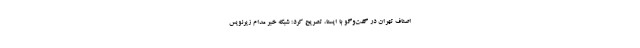
اصناف تهران در گفت‌وگو با ایسنا، تصریح کرد: شبکه خبر مدام زیرنویس